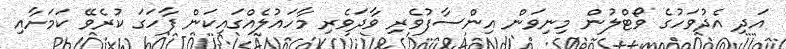
އަދި އެދުވަހުގެ ވޯޓްލުން މިނިވަން އިންސާފުވެރި ވާދަވެރި މާހައުލެއްގައިކަން ފާހަގަ ކުރެވޭ ކަމަށާއި